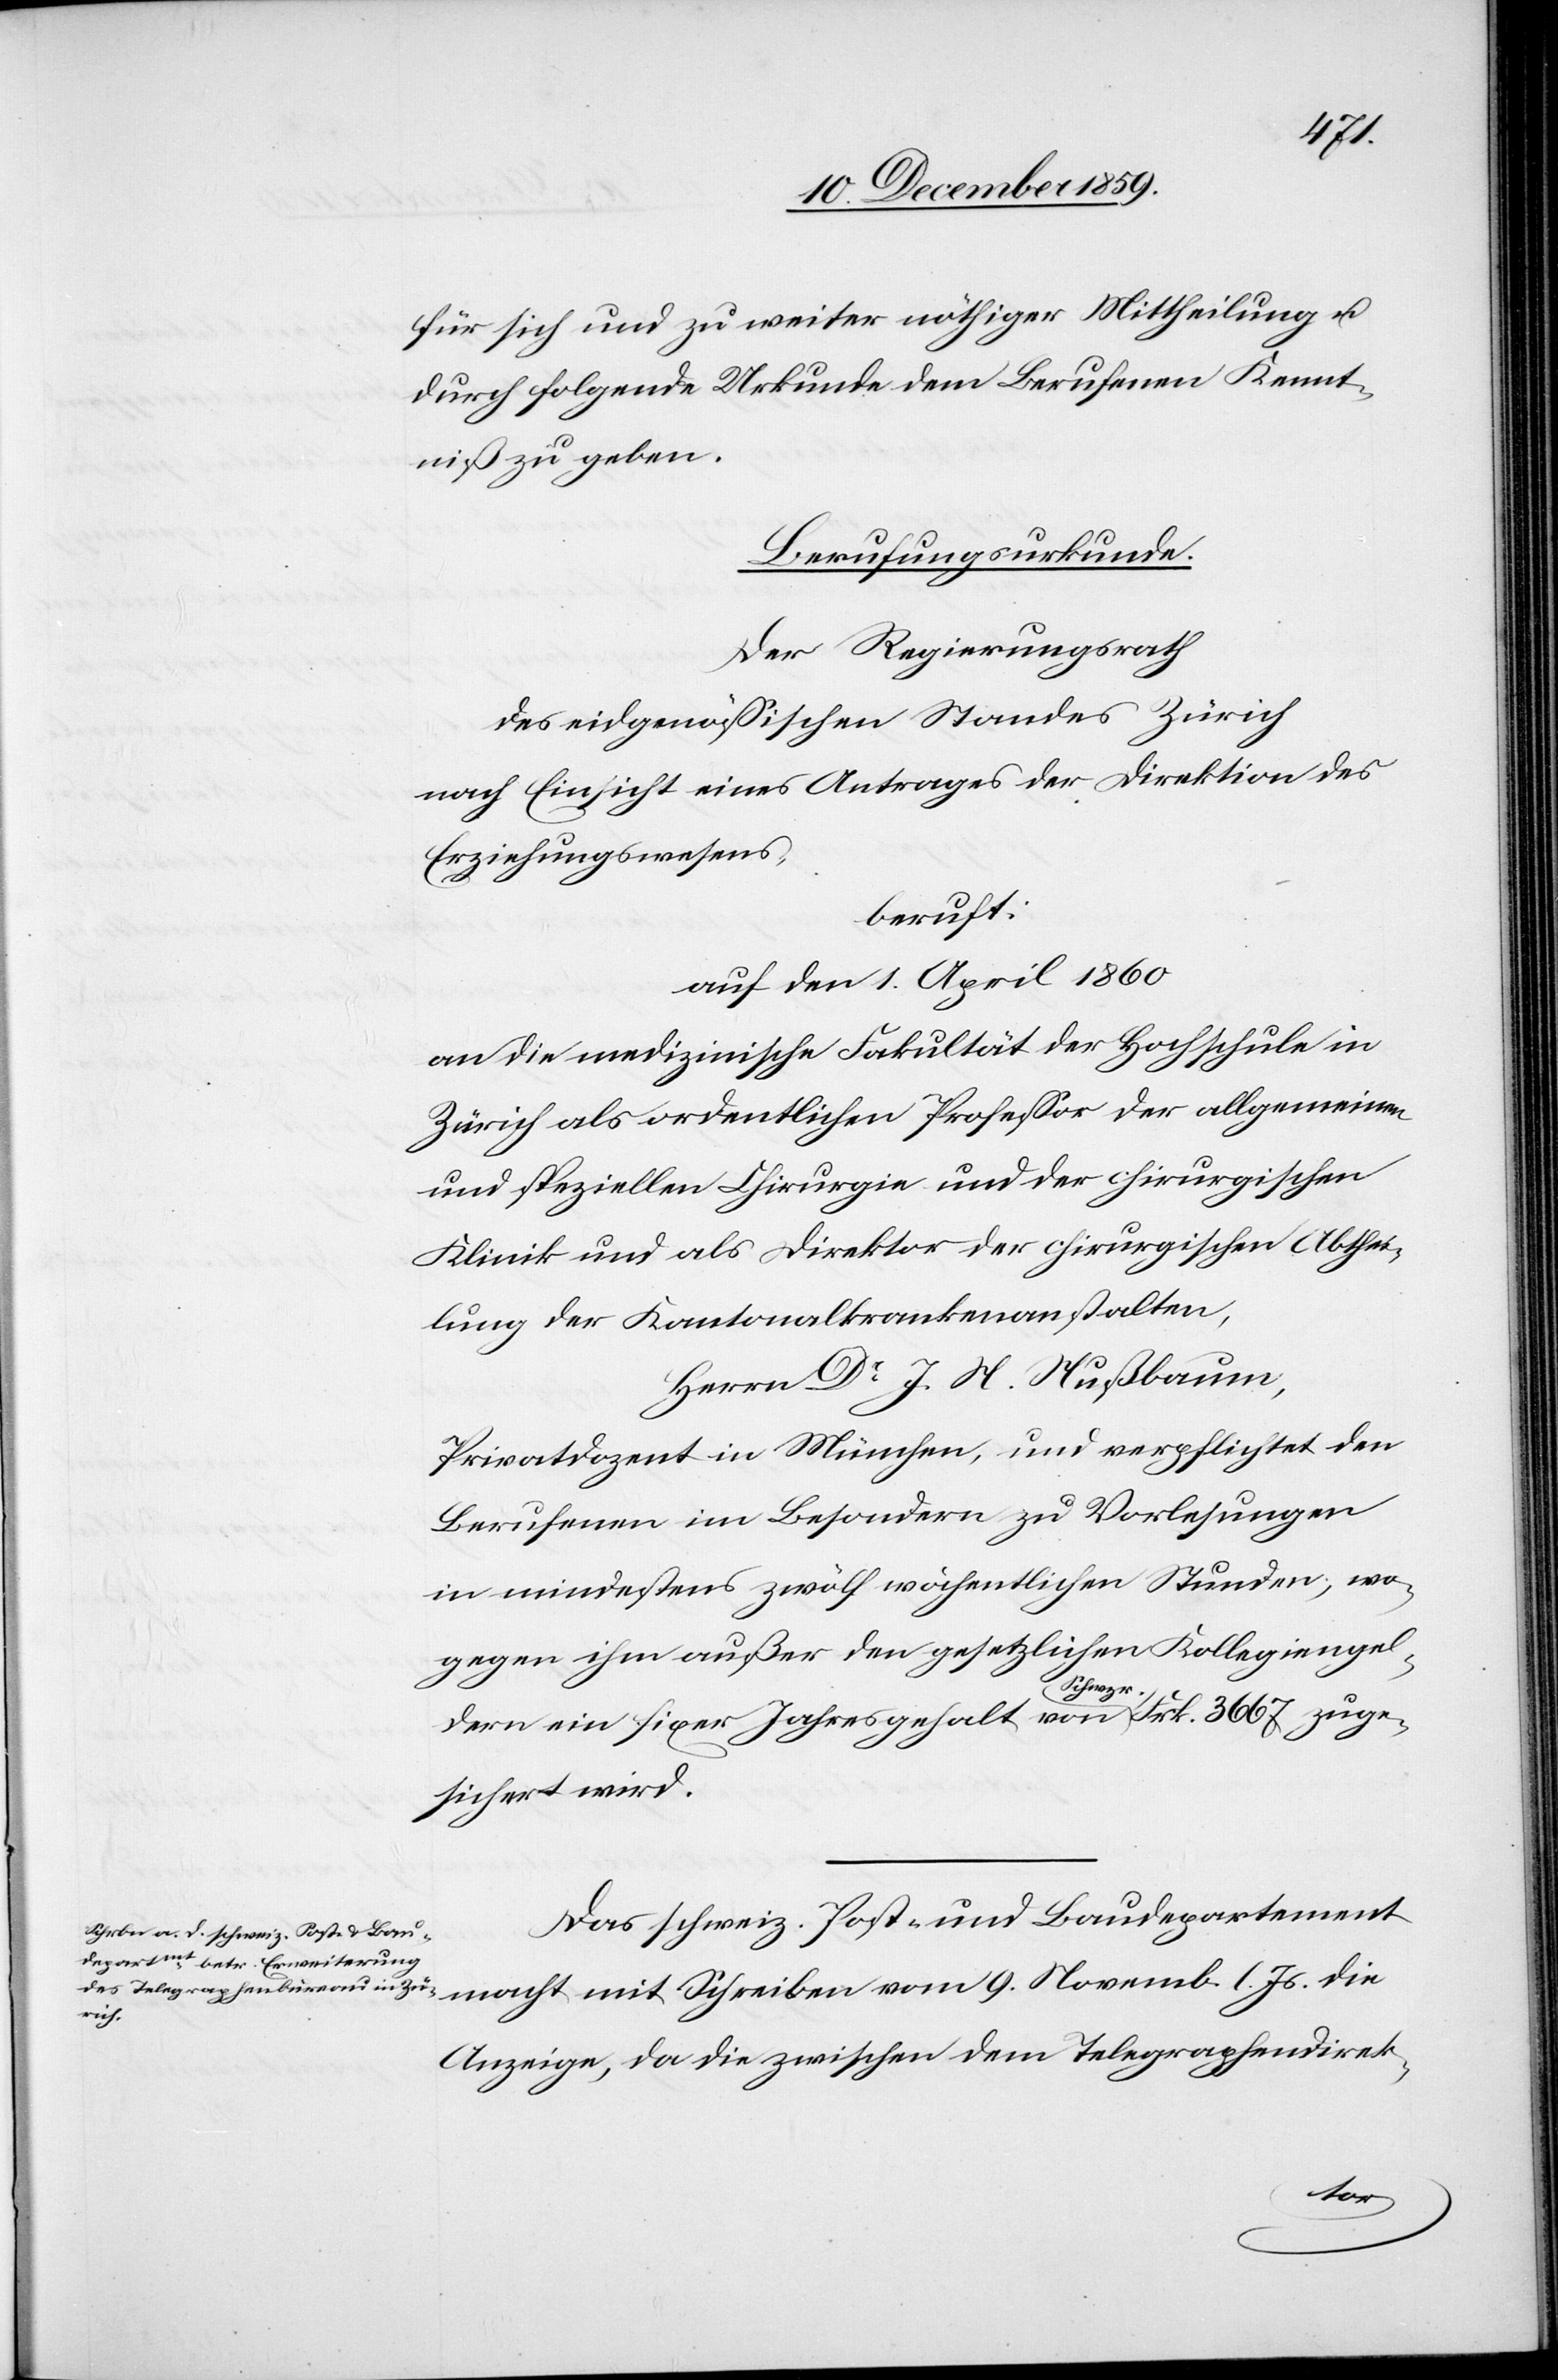
für sich und zu weiter nöthiger Mittheilung u.
durch folgende Urkunde dem Berufenen Kennt¬
niß zu geben.
Berufungsurkunde.
Der Regierungsrath
des eidgenössischen Standes Zürich
nach Einsicht eines Antrages der Direktion des
Erziehungswesens,
beruft:
auf den 1. April 1860
an die medizinische Fakultät der Hochschule in
Zürich als ordentlichen Professor der allgemeinen
und speziellen Chirurgie und der chirurgischen
Klinik und als Direktor der chirurgischen Abthei¬
lung der Kantonalkrankenanstalten,
Herrn Dr J. N. Nußbaum,
Privatdozent in München, und verpflichtet den
Berufenen im Besondern zu Vorlesung
in mindestens zwölf wöchentlichen Stunden, wo¬
gegen ihm außer der gesetzlichen Kollegiengel¬
Schreiben
9.
der ein fixer Jahresgehalt von a-Schwzr.-a Frk. 3667 zuge¬
sichert wird.
Das schweiz. Post- und Baudepartement
die
Anzeige, da die zwischen dem Telegraphendirek-